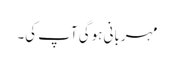
مہربانی ہوگی آپ کی۔